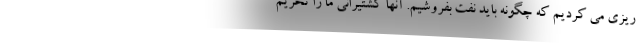
ریزی می کردیم که چگونه باید نفت بفروشیم. آنها کشتیرانی ما را تحریم